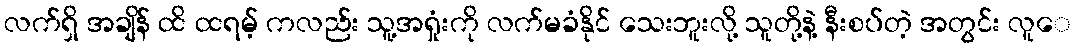
လက်ရှိ အချိန် ထိ ထရမ့် ကလည်း သူ့အရှုံးကို လက်မခံနိုင် သေးဘူးလို့ သူတို့နဲ့ နီးစပ်တဲ့ အတွင်း လူေ